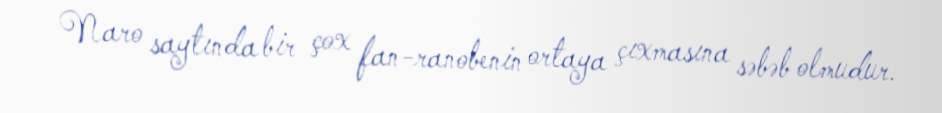
Naro saytında bir çox fan-ranobenin ortaya çıxmasına səbəb olmudur.